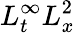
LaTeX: L_{t}^{\infty}L_{x}^{2}